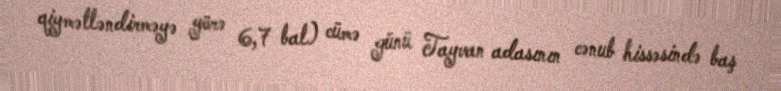
qiymətləndirməyə görə 6,7 bal) cümə günü Tayvan adasının cənub hissəsində baş